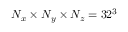
N _ { x } \times N _ { y } \times N _ { z } = 3 2 ^ { 3 }